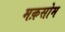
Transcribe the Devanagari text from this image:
मक़सोम